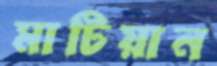
মাটিয়ান